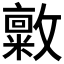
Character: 𪯜